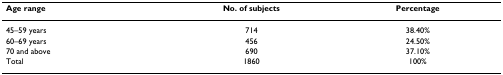
| Age range | No. of subjects | Percentage |
 | --- | --- | --- |
 | 45–59 years | 714 | 38.40% |
 | 60–69 years | 456 | 24.50% |
 | 70 and above | 690 | 37.10% |
 | Total | 1860 | 100% |